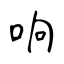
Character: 响